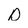
Character: D